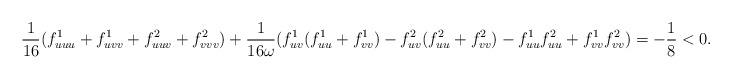
LaTeX: \begin{align*}\frac{1}{16}(f^1_{uuu}+f^1_{uvv}+f^2_{uuv}+f^2_{vvv})+\frac{1}{16\omega}(f^1_{uv}(f^1_{uu}+f^1_{vv})-f^2_{uv}(f^2_{uu}+f^2_{vv}) - f^1_{uu}f^2_{uu}+f^1_{vv}f^2_{vv})=-\frac{1}{8}<0.\end{align*}